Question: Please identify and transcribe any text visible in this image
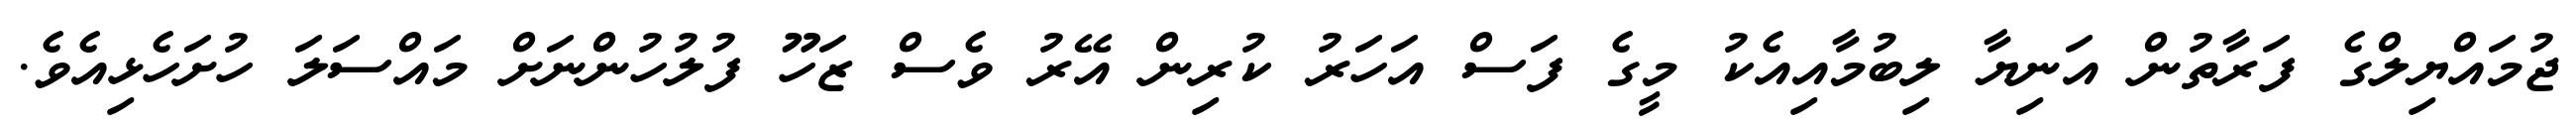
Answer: ޖުމައްޔިލްގެ ފަރާތުން އަނިޔާ ލިބުމާއިއެކު މީގެ ފަސް އަހަރު ކުރިން އޭރު ވެސް ޒަހޫ ފުލުހުންނަށް މައްސަލަ ހުށަހެޅިއެވެ.